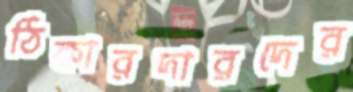
ঠিকারদারদের